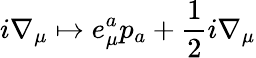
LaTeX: i\nabla_{\mu}\mapsto e_{\mu}^{a}p_{a}+\frac{1}{2}i\nabla_{\mu}